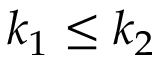
k _ { 1 } \leq k _ { 2 }